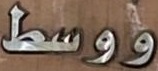
ووسط